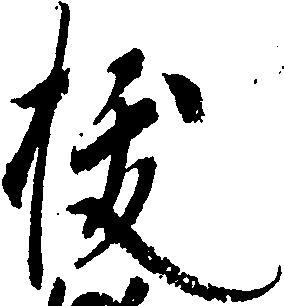
抜